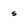
Character: s